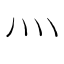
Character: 灬